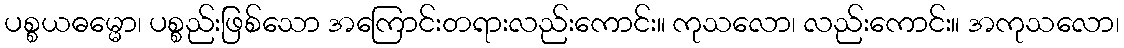
ပစ္စယဓမ္မော၊ ပစ္စည်းဖြစ်သော အကြောင်းတရားလည်းကောင်း။ ကုသလော၊ လည်းကောင်း။ အကုသလော၊